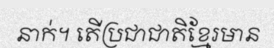
នាក់។ តើប្រជាជាតិខ្មែរមាន